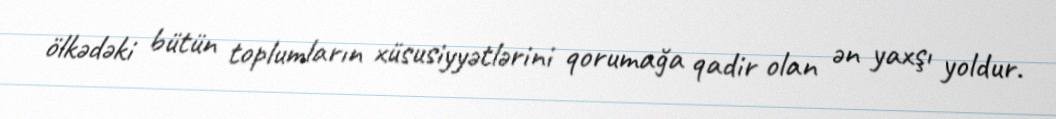
ölkədəki bütün toplumların xüsusiyyətlərini qorumağa qadir olan ən yaxşı yoldur.